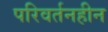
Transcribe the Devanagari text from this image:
परिवर्तनहीन